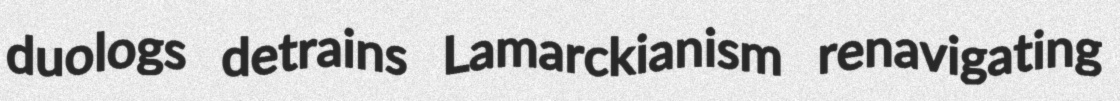
duologs detrains Lamarckianism renavigating